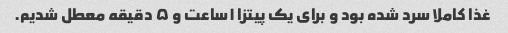
غذا کاملا سرد شده بود و برای یک پیتزا ۱ساعت و ۵ دقیقه معطل شدیم.